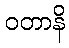
ဝတာနိ